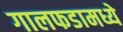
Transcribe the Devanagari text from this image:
गालफडामध्ये